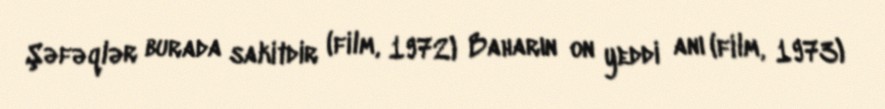
Şəfəqlər burada sakitdir (film, 1972) Baharın on yeddi anı (film, 1973)